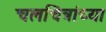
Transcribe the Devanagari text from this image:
चलचित्रांच्या